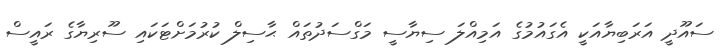
ސައޫދީ އަރަބިޔާއަކީ އެގައުމުގެ އަމިއްލަ ސިޔާސީ މަގްސަދުތައް ޙާސިލް ކުރުމަށްޓަކައި ސޫރިޔާގެ ރައީސް